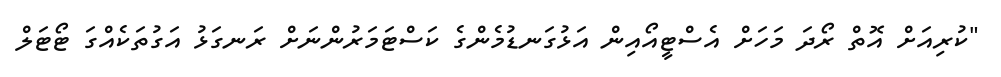
"ކުރިއަށް އޮތް ރޯދަ މަހަަށް އެސްޓީއޯއިން އަޅުގަނޑުމެންގެ ކަސްޓަމަރުންނަށް ރަނގަޅު އަގުތަކެއްގަ ޓޯޓަލް